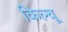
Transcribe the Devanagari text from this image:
किल्चू